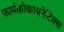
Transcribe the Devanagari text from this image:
फार्मकोकायनेटिक्स